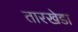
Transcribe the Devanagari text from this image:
तारखेडा